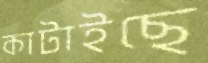
কাটাইছে